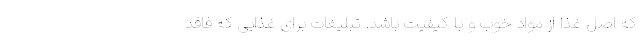
كه اصل غذا از مواد خوب و با كیفیت باشد. تبلیغات برای غذایی كه فاقد